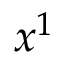
x ^ { 1 }